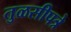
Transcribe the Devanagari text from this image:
तुळसीपत्रे